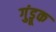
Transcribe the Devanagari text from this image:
गुंड्रूक